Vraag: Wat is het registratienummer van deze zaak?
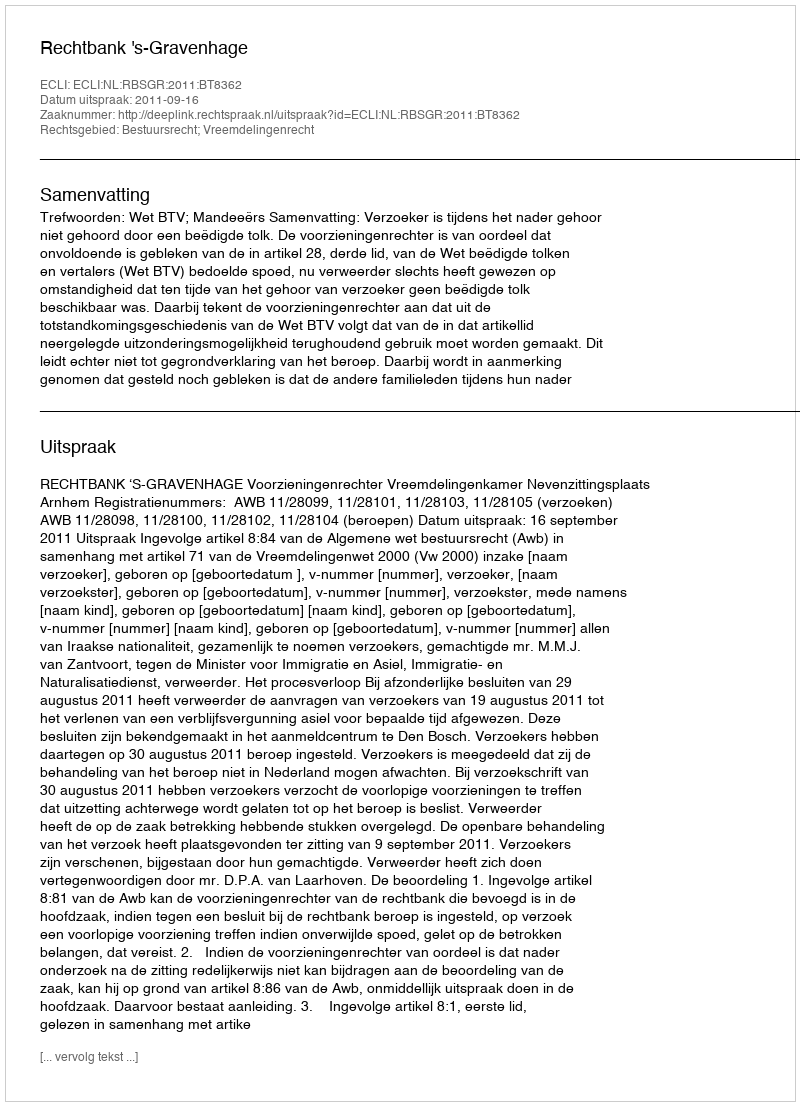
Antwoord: http://deeplink.rechtspraak.nl/uitspraak?id=ECLI:NL:RBSGR:2011:BT8362